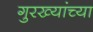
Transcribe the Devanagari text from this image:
गुरख्यांच्या